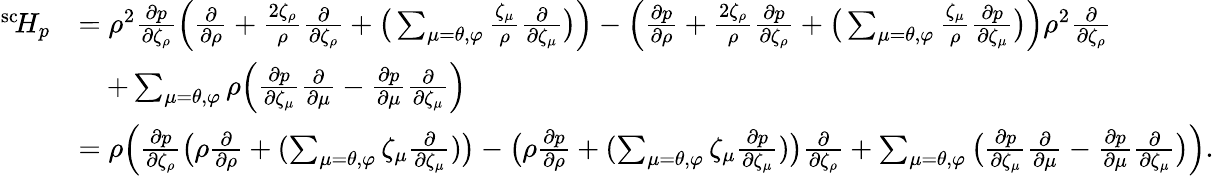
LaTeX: \begin{array}{rl}{^{\mathrm{sc}}\! H_{p}}&{=\rho^{2}\frac{\partial p}{\partial\zeta_{\rho}}\Big(\frac{\partial}{\partial\rho}+\frac{2\zeta_{\rho}}{\rho}\frac{\partial}{\partial\zeta_{\rho}}+\big(\sum_{\mu=\theta,\varphi}\frac{\zeta_{\mu}}{\rho}\frac{\partial}{\partial\zeta_{\mu}}\big)\Big)-\Big(\frac{\partial p}{\partial\rho}+\frac{2\zeta_{\rho}}{\rho}\frac{\partial p}{\partial\zeta_{\rho}}+\big(\sum_{\mu=\theta,\varphi}\frac{\zeta_{\mu}}{\rho}\frac{\partial p}{\partial\zeta_{\mu}}\big)\Big)\rho^{2}\frac{\partial}{\partial\zeta_{\rho}}}\\ &{\quad+\sum_{\mu=\theta,\varphi}\rho\Big(\frac{\partial p}{\partial\zeta_{\mu}}\frac{\partial}{\partial\mu}-\frac{\partial p}{\partial\mu}\frac{\partial}{\partial\zeta_{\mu}}\Big)}\\ &{=\rho\Big(\frac{\partial p}{\partial\zeta_{\rho}}\big(\rho\frac{\partial}{\partial\rho}+(\sum_{\mu=\theta,\varphi}\zeta_{\mu}\frac{\partial}{\partial\zeta_{\mu}})\big)-\big(\rho\frac{\partial p}{\partial\rho}+(\sum_{\mu=\theta,\varphi}\zeta_{\mu}\frac{\partial p}{\partial\zeta_{\mu}})\big)\frac{\partial}{\partial\zeta_{\rho}}+\sum_{\mu=\theta,\varphi}\big(\frac{\partial p}{\partial\zeta_{\mu}}\frac{\partial}{\partial\mu}-\frac{\partial p}{\partial\mu}\frac{\partial}{\partial\zeta_{\mu}}\big)\Big).}\end{array}